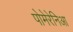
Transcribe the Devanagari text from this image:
पोमेरेनिआ